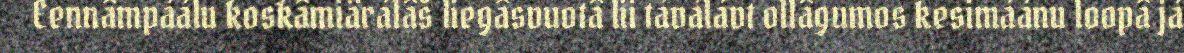
Eennâmpáálu koskâmiärálâš liegâsvuotâ lii táválávt ollâgumos kesimáánu loopâ já